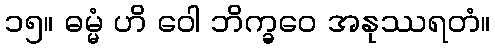
၁၅။ ဓမ္မံ ဟိ ဝေါ ဘိက္ခဝေ အနုဿရတံ။